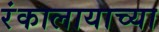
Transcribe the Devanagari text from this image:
रंकालायाच्या